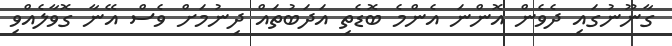
ގާނޫނުގައި ދެވެން އޮންނަ އެންމެ ބޮޑެތި އަދަބުތައް ދިނުމަށް ވެސް އޭނާ ގޮވާލެއްވި